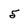
Character: 5